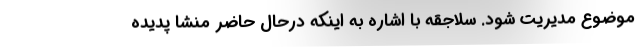
موضوع مدیریت شود. سلاجقه با اشاره به اینکه درحال حاضر منشا پدیده